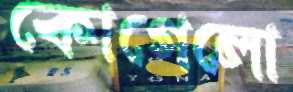
কোগেলো